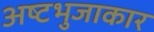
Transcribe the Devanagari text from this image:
अष्‍टभुजाकार